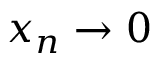
x _ { n } \to 0